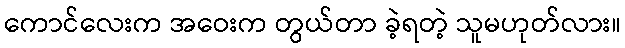
ကောင်လေးက အဝေးက တွယ်တာ ခဲ့ရတဲ့ သူမဟုတ်လား။